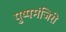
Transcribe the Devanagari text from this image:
पुष्पमंजिरी